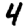
Digit: 4